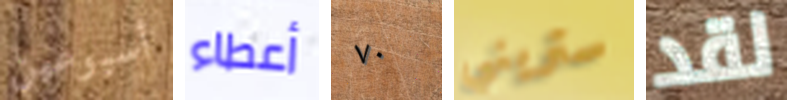
أسبوعين أعطاء ٧٠ ستريني لقد